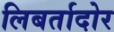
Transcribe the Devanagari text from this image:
लिबर्तादोर